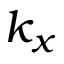
k _ { x }